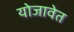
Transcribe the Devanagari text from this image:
योजावेत